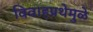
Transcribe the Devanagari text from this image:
विवाहप्रथेमुळे